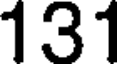
131